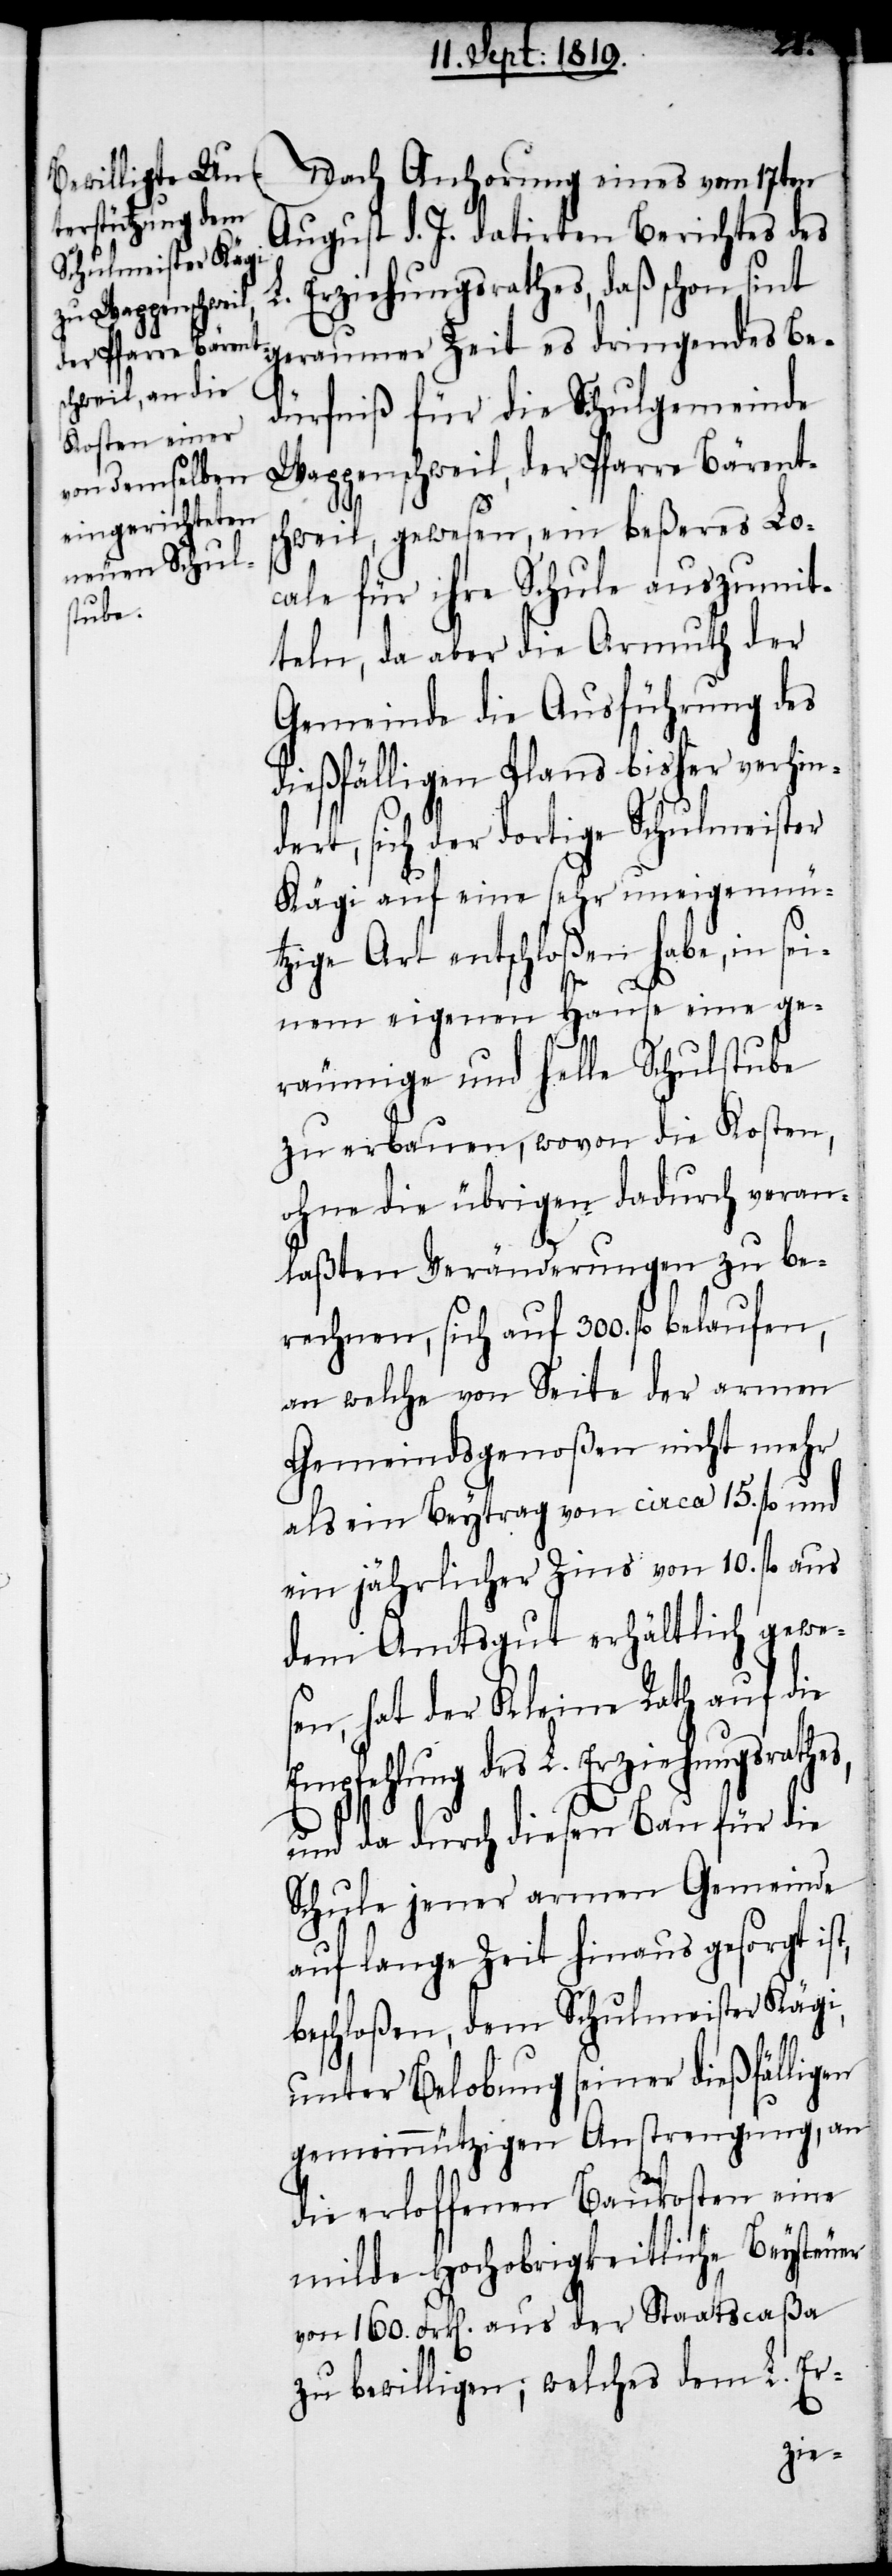
Nach Anhörung eines vom 17ten
August d. J. datirten Berichtes des
L. Erziehungsrathes, daß schon seit
dürfniß für die Schulgemeinde
Wappenschweil, der Pfarre Bärents¬
chweil, gewesen, ein beßeres Lo¬
cale für ihre Schule auszumit¬
teln, da aber die Armuth der
Gemeinde die Ausführung des
dießfälligen Plans bisher verhin¬
dert, sich der dortige Schulmeister
Kägi auf eine sehr uneigennü¬
tzige Art entschloßen habe, in sei¬
er
nem eigenen Hause eine ge¬
räumige und helle Schulstube
zu erbauen, wovon die Kosten,
ohne die übrigen dadurch veran¬
laßten Veränderungen zu be¬
rechnen, sich auf 300. fl. belaufen,
an welche von Seite der armen
Gemeindsgenoßen nicht mehr
als ein Beytrag von circa 15. fl. und
ein järlicher Zin von 10. fl aus
dem Amtsgut erhältlich gewe¬
sen, hat der Kleine Rath auf die
Empfehlung des L. Erziehungsrathe¬
und da durch diesen Bau für die
Schule jener armen Gemeinde
auf lange Zeit hinaus gesorgt is¬
beschloßen, dem Schulmeister Kägi,
unter Belobung seiner dießfälligen
gemeinnützigen Anstrengung, an
die erloffenen Baukosten eine
milde Hochobrigkeitliche Beysteu¬
von 160. Frk[en]. aus der Staatscaßa
zu bewilligen; welches dem L. Er-